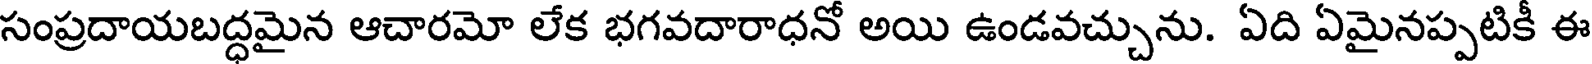
సంప్రదాయబద్ధమైన ఆచారమో లేక భగవదారాధనో అయి ఉండవచ్చును. ఏది ఏమైనప్పటికీ ఈ